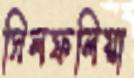
সিলফলিয়া